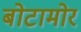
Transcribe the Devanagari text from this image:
बोटामोर